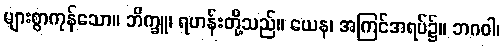
များစွာကုန်သော။ ဘိက္ခူ၊ ရဟန်းတို့သည်။ ယေန၊ အကြင်အရပ်၌။ ဘဂဝါ၊